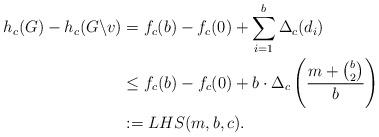
LaTeX: \begin{align*} h_c(G)-h_c(G \backslash v) &= f_c(b)-f_c(0)+\sum_{i=1}^b \Delta_c(d_i)\\ &\le f_c(b)-f_c(0)+b \cdot \Delta_c\left( \frac{m+\binom{b}{2}}{b}\right)\\ &:=LHS(m,b,c).\end{align*}